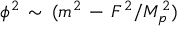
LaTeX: \phi ^ { 2 } \, \sim \, ( m ^ { 2 } \, - \, F ^ { 2 } / M _ { p } ^ { 2 } )